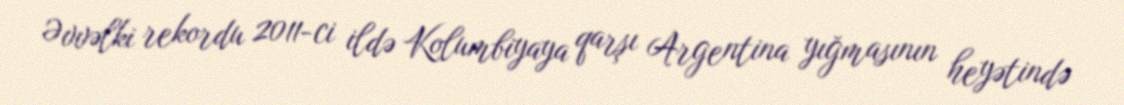
Əvvəlki rekordu 2011-ci ildə Kolumbiyaya qarşı Argentina yığmasının heyətində